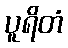
ပူရိတံ